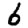
Digit: 6